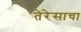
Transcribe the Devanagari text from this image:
तेरेसाचा